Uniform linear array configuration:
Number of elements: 4
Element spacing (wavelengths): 0.25
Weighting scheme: hamming
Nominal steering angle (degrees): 15
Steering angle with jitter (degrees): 15.557
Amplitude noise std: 0.05
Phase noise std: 0.05

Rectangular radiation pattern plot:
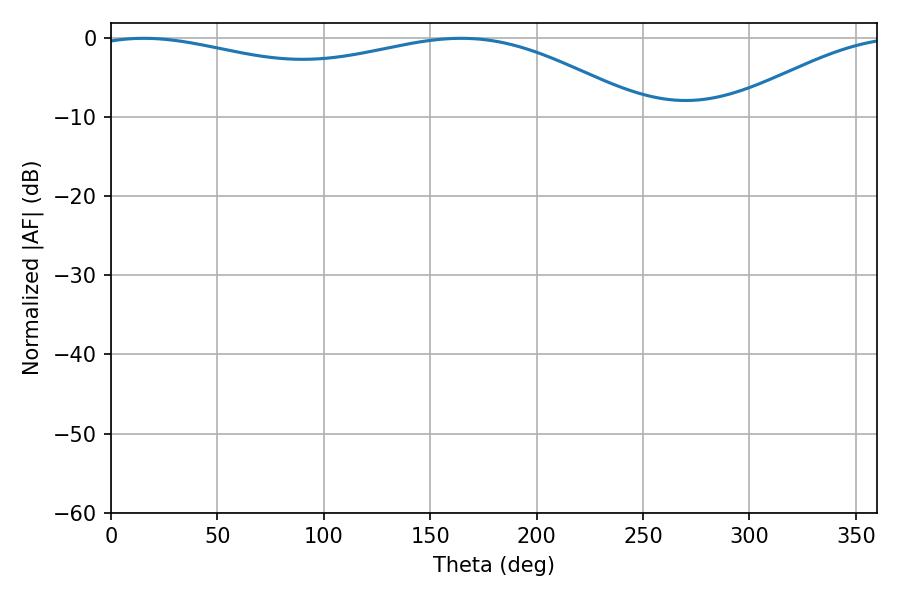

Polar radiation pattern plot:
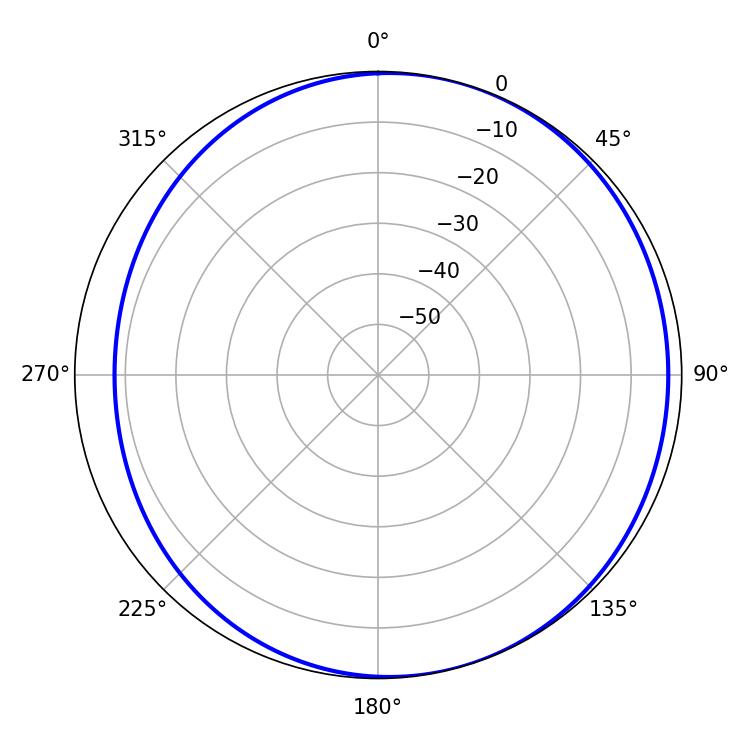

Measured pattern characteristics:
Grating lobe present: FALSE
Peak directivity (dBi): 3.953
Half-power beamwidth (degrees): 211.68
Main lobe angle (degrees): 15.48